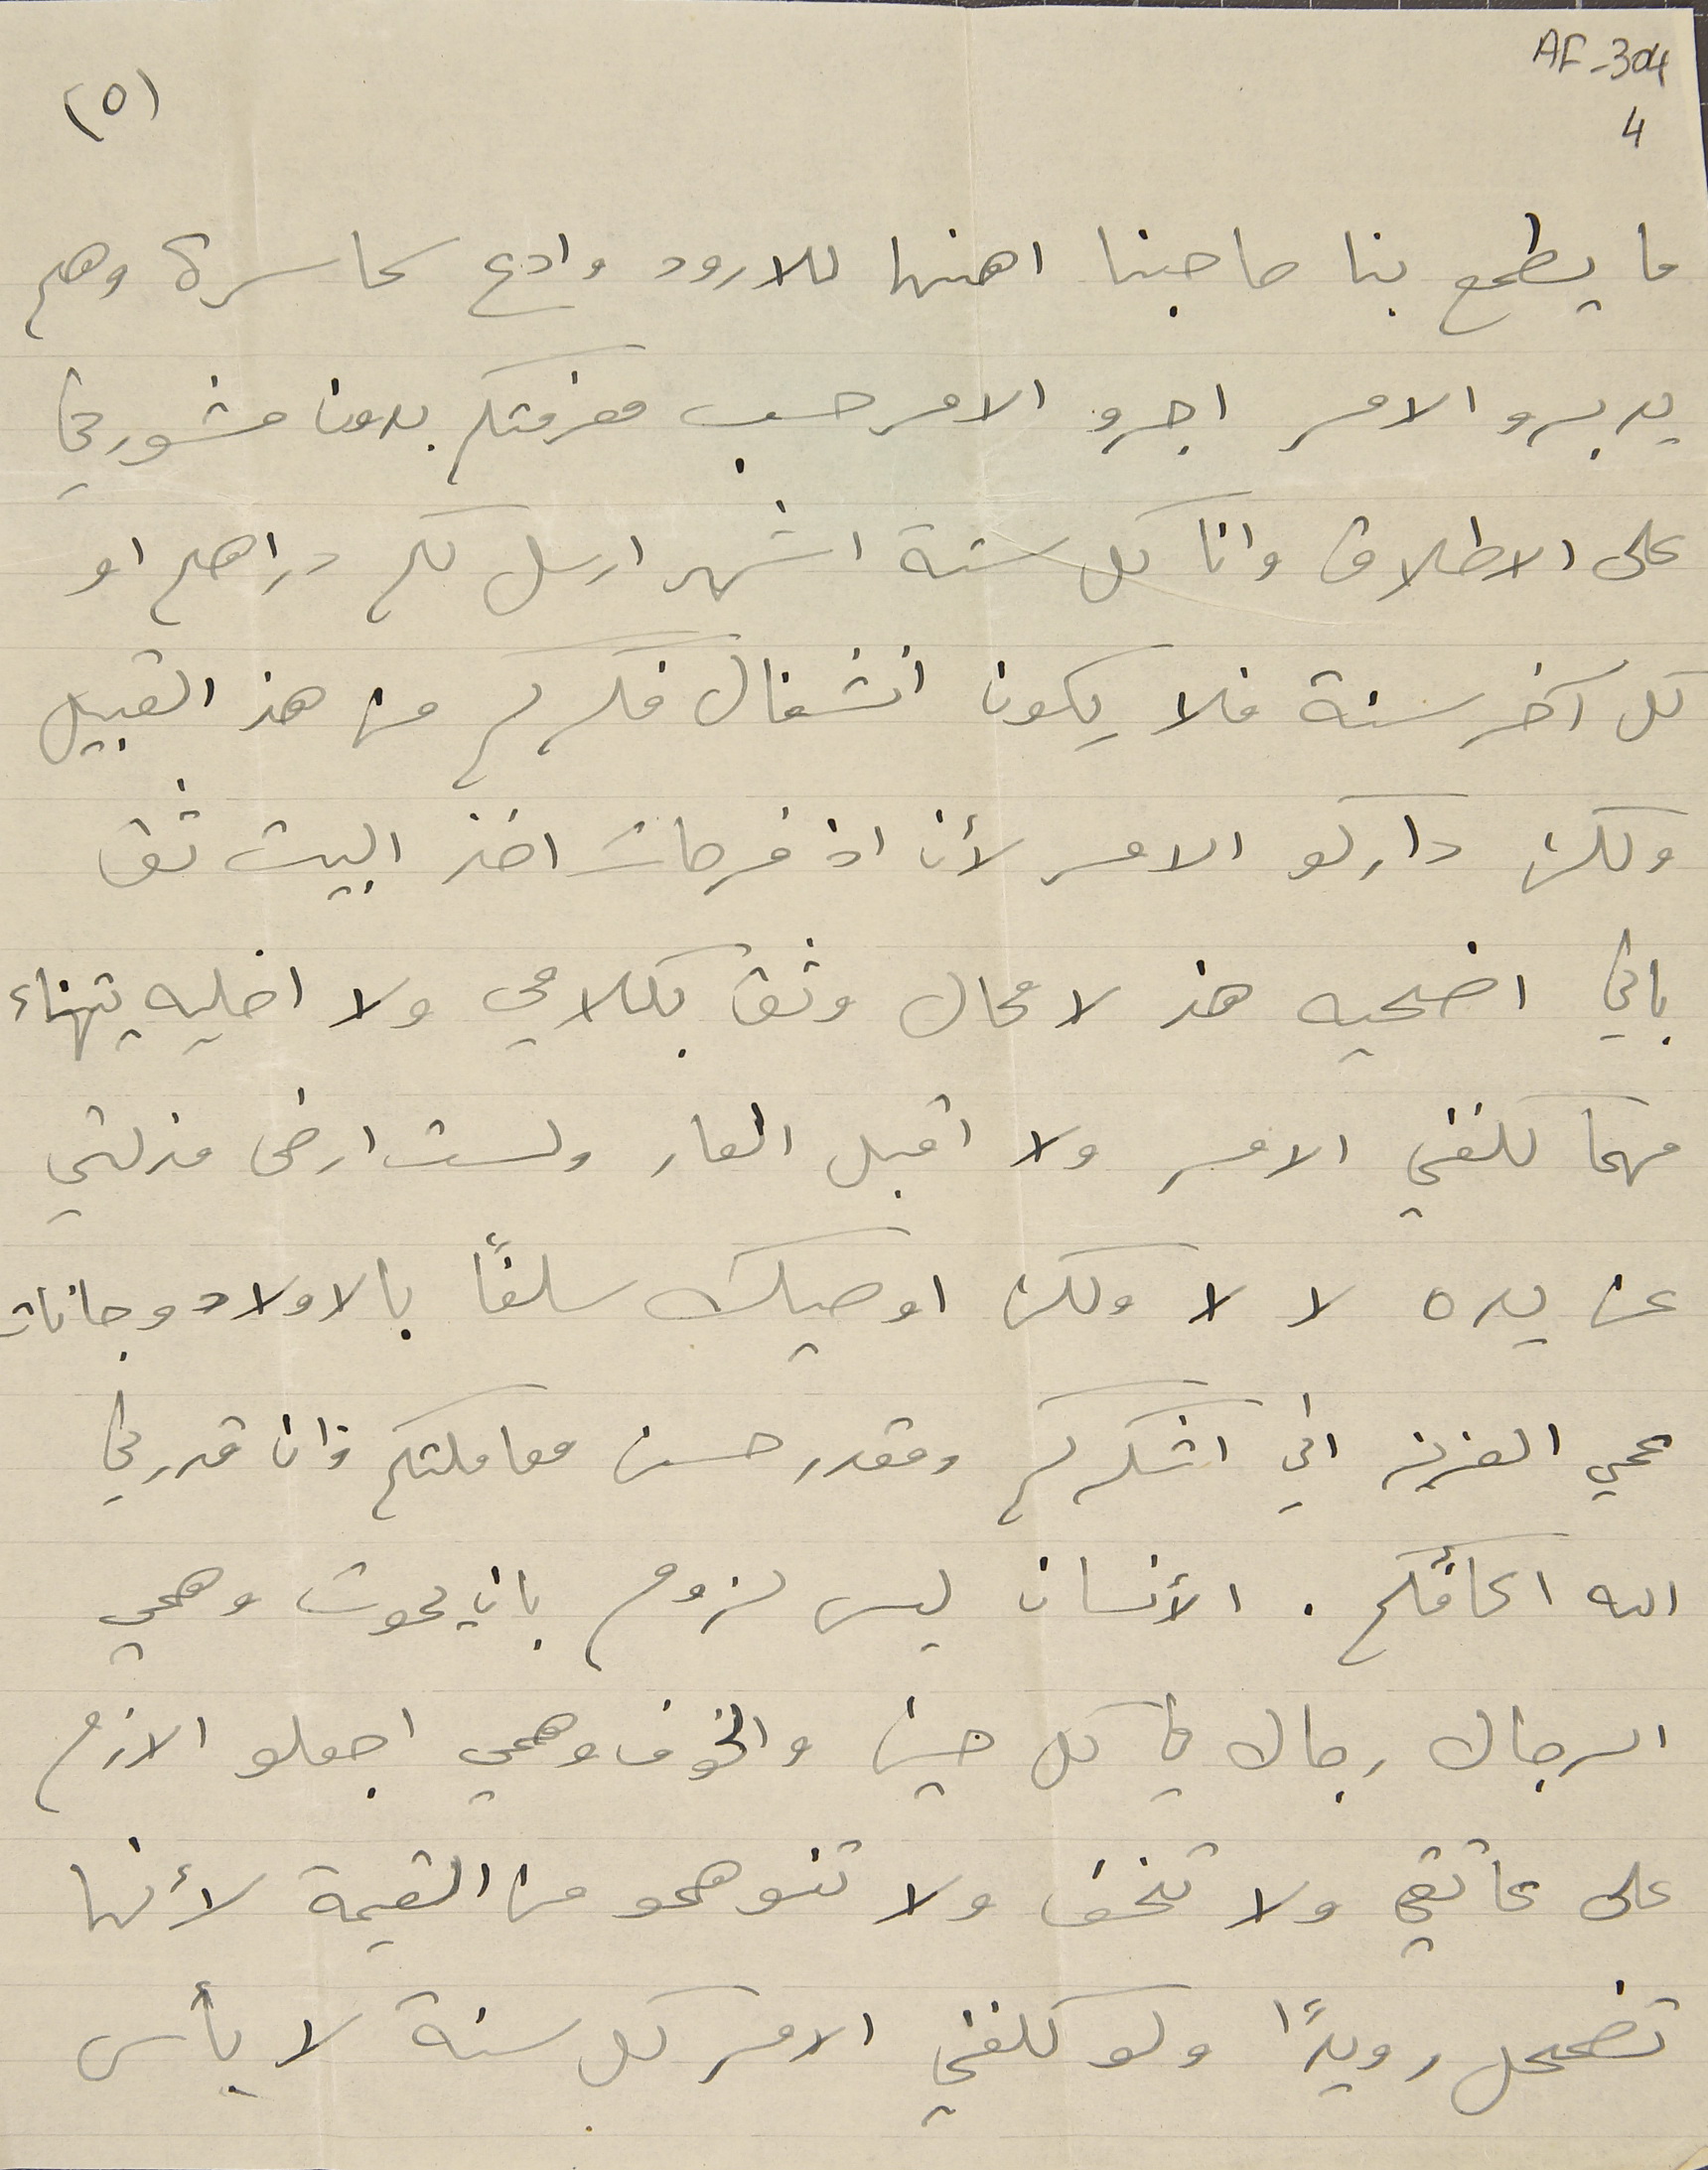
AF-304 4
(٥)
ما يطمع بنا صاحبنا رهنها للارود وادع سماسرة وهم
يدبرو الامر اجرو الامر حسب معرفتكم بدون مشورتي
على الاطلاق وانا كل ستة اشهر ارسل لكم دراهم او
كل آخر سنة فلا يكون انشغال فكركم من هذ القبيل
ولكن داركو الامر لأن اذ فرحات اخذ البيت ثق
باني اضحيه هذ لا محال وثق بكلامي ولا اخليه يتهناء
مهما كلفني الامر ولا اقبل العار ولست ارضى مذلتي
عن يده لا لا ولكن اوصيك سلفاً بالاولاد وجانات
عمي العزيز اني اشكركم ومقدر حسن معاملتكم وان قدرني
الله اكافأكم. الأنسان ليس لزوم بان يموت وهمي
الرجال رجال في كل حين والخوف اجعلو الازم
على عاتقي ولا تخف ولا تنوهمو من القيمة لأنها
تضمحل رويدًا ولو كلفني الامر كل سنة لا بأس